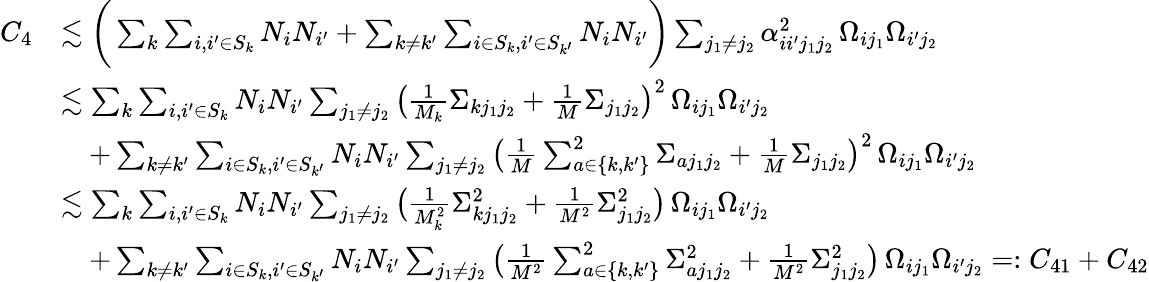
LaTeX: \begin{array}{rl}{C_{4}}&{\lesssim\bigg(\sum_{k}\sum_{i,i^{\prime}\in S_{k}}N_{i}N_{i^{\prime}}+\sum_{k\neq k^{\prime}}\sum_{i\in S_{k},i^{\prime}\in S_{k^{\prime}}}N_{i}N_{i^{\prime}}\bigg)\sum_{j_{1}\neq j_{2}}\alpha_{ii^{\prime}j_{1}j_{2}}^{2}\, \Omega_{ij_{1}}\Omega_{i^{\prime}j_{2}}}\\ &{\lesssim\sum_{k}\sum_{i,i^{\prime}\in S_{k}}N_{i}N_{i^{\prime}}\sum_{j_{1}\neq j_{2}}\big(\frac{1}{M_{k}}\Sigma_{kj_{1}j_{2}}+\frac{1}{M}\Sigma_{j_{1}j_{2}}\big)^{2}\, \Omega_{ij_{1}}\Omega_{i^{\prime}j_{2}}}\\ &{\quad+\sum_{k\neq k^{\prime}}\sum_{i\in S_{k},i^{\prime}\in S_{k^{\prime}}}N_{i}N_{i^{\prime}}\sum_{j_{1}\neq j_{2}}\big(\frac{1}{M}\sum_{a\in\{ k,k^{\prime}\} }^{2}\Sigma_{aj_{1}j_{2}}+\frac{1}{M}\Sigma_{j_{1}j_{2}}\big)^{2}\, \Omega_{ij_{1}}\Omega_{i^{\prime}j_{2}}}\\ &{\lesssim\sum_{k}\sum_{i,i^{\prime}\in S_{k}}N_{i}N_{i^{\prime}}\sum_{j_{1}\neq j_{2}}\big(\frac{1}{M_{k}^{2}}\Sigma_{kj_{1}j_{2}}^{2}+\frac{1}{M^{2}}\Sigma_{j_{1}j_{2}}^{2}\big)\, \Omega_{ij_{1}}\Omega_{i^{\prime}j_{2}}}\\ &{\quad+\sum_{k\neq k^{\prime}}\sum_{i\in S_{k},i^{\prime}\in S_{k^{\prime}}}N_{i}N_{i^{\prime}}\sum_{j_{1}\neq j_{2}}\big(\frac{1}{M^{2}}\sum_{a\in\{ k,k^{\prime}\} }^{2}\Sigma_{aj_{1}j_{2}}^{2}+\frac{1}{M^{2}}\Sigma_{j_{1}j_{2}}^{2}\big)\, \Omega_{ij_{1}}\Omega_{i^{\prime}j_{2}}=:C_{41}+C_{42}}\end{array}